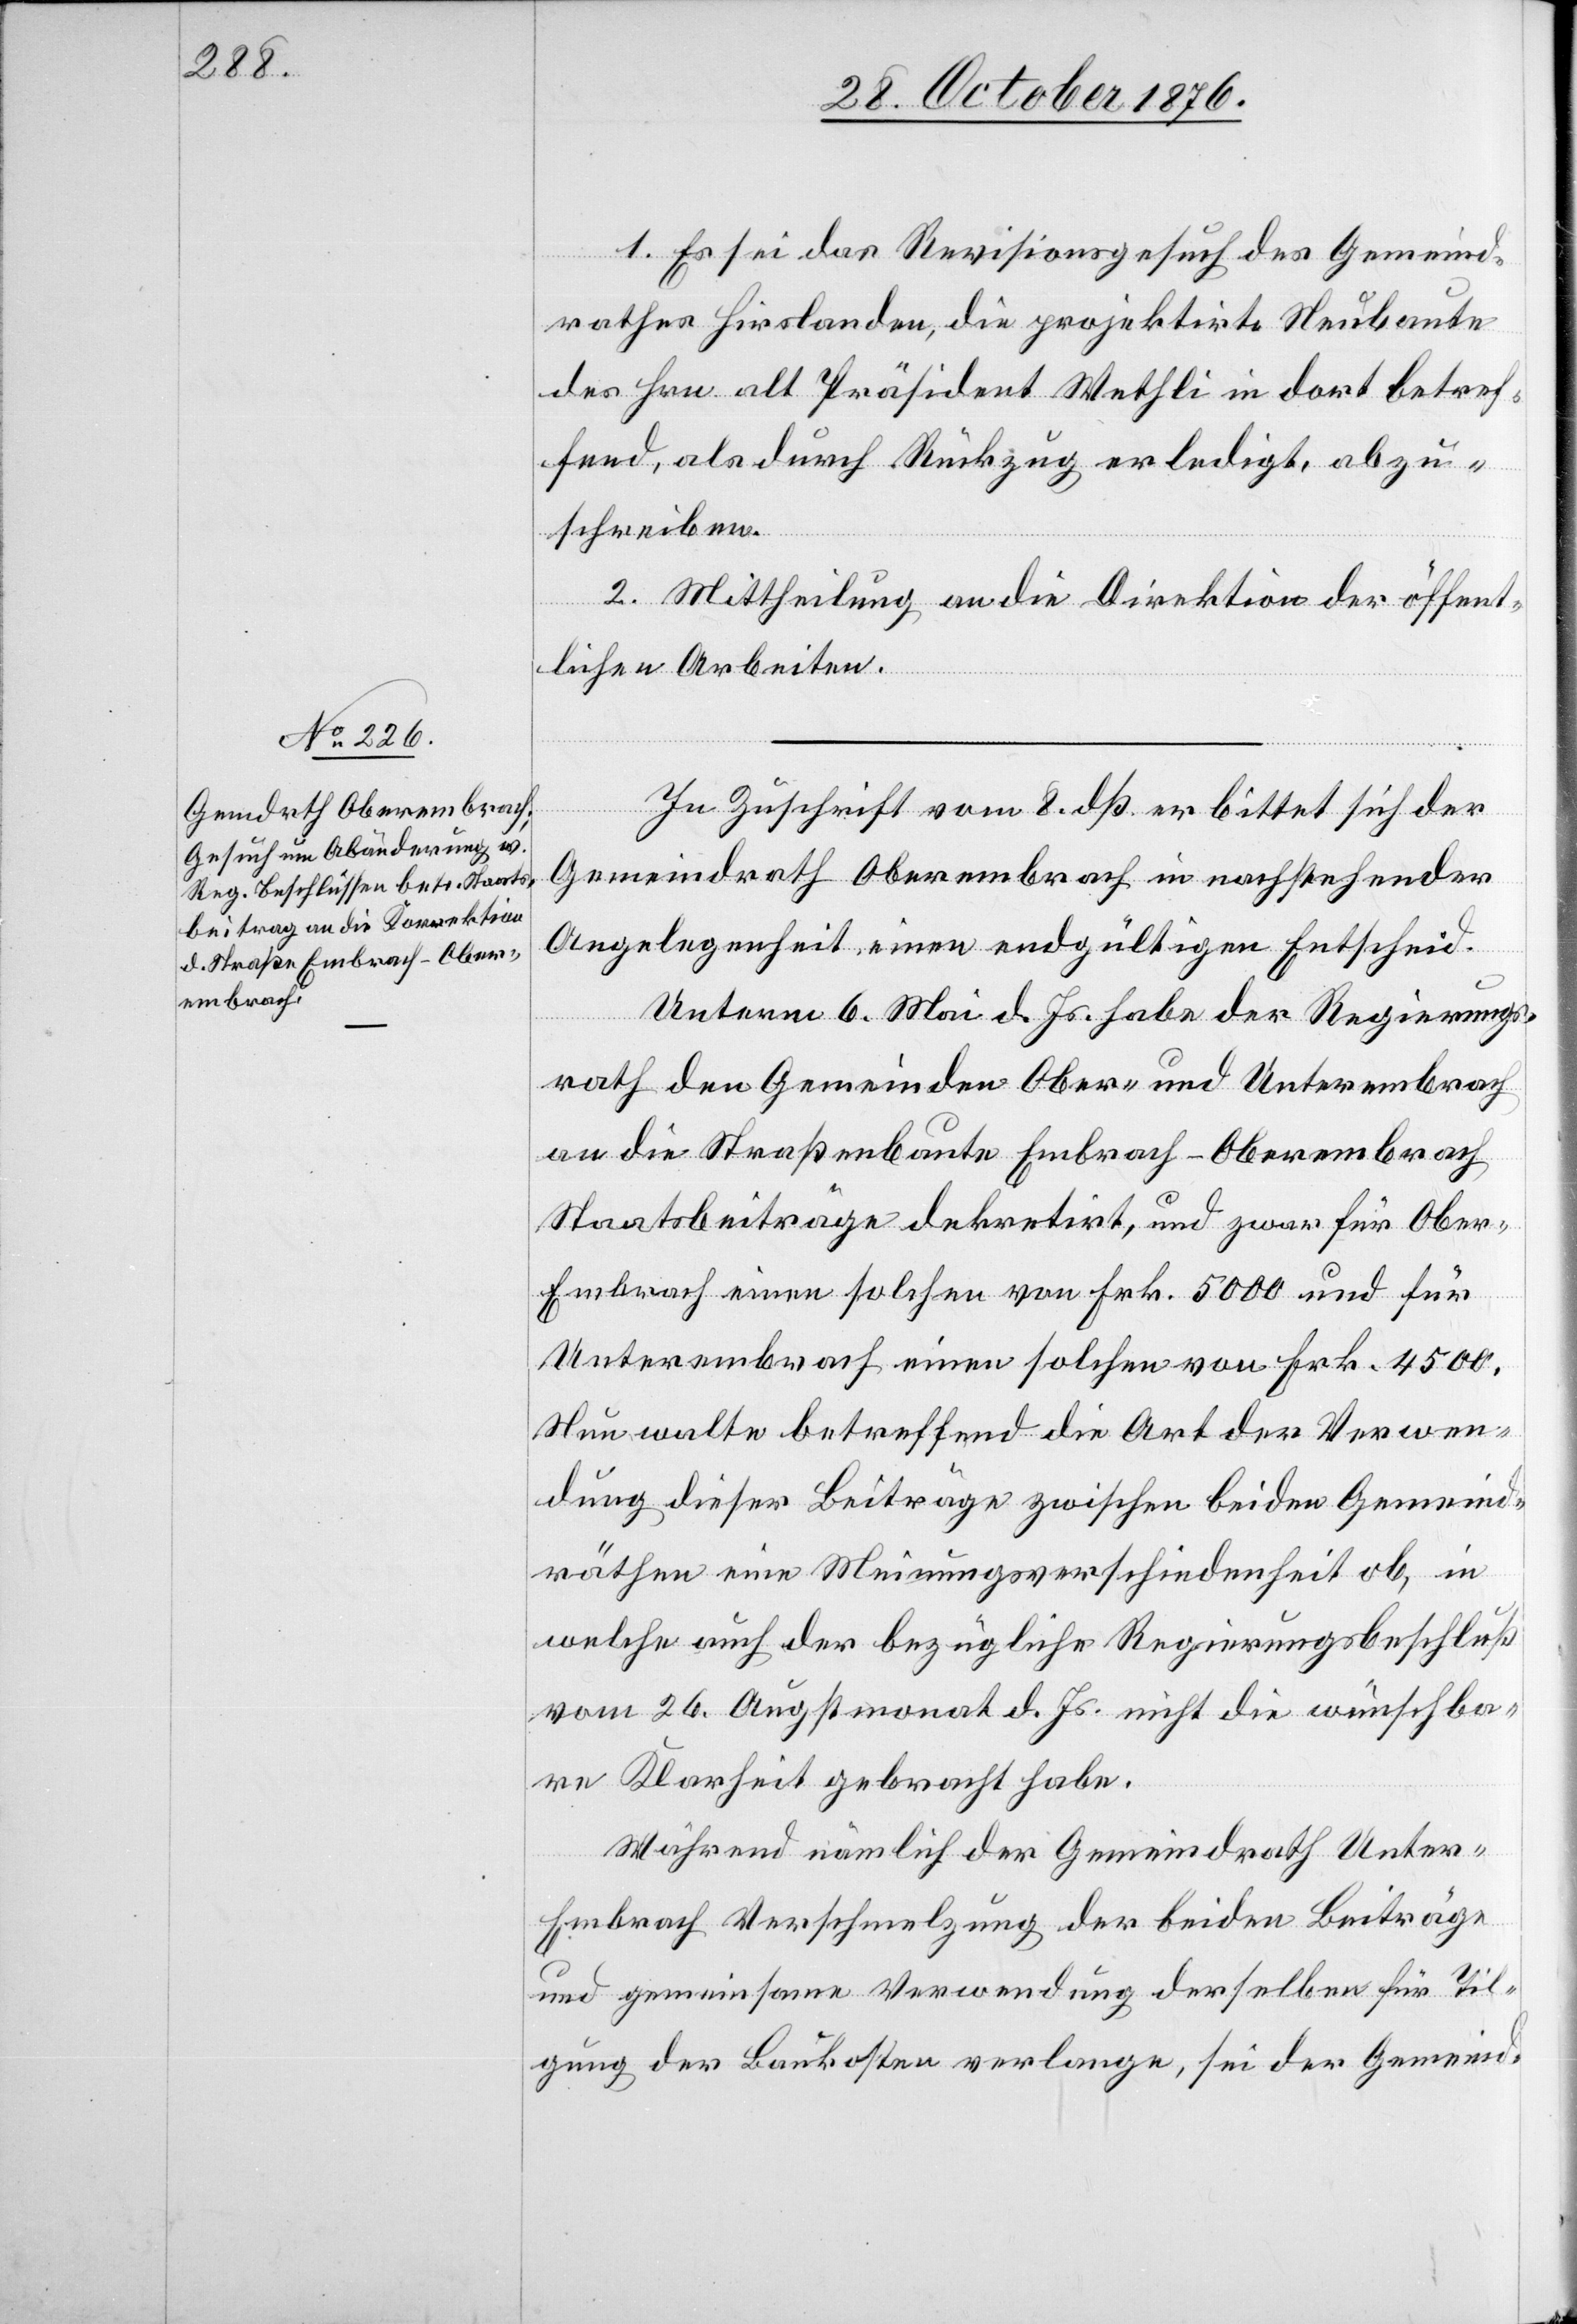
1. Es sei das Revisionsgesuch des Gemeind¬
rahtes Hirslanden, die projektirte Neubaute
des Hrn. alt Präsident Wethli in dort betref¬
fend, als durch Rückzug erledigt, abzu¬
schreiben.
2. Mittheilung an die Direktion der öffent¬
lichen Arbeiten.
In Zuschrift vom 8. dß. erbittet sich der
Gemeindrath Oberembrach in nachstehender
Angelegenheit einen endgültigen Entscheid.
Unterm 6. Mai d. Js. habe der Regierungs¬
rath den Gemeinden Ober- und Unterembrach
an die Straßenbaute Embrach–Oberembrach
Staatsbeiträge dekretirt, und zwar für Obe¬
r-Embrach einen solchen von Frk. 5000 und für
Unterembrach einen solchen von Frk. 4500
Nun walte betreffend die Art der Verwen¬
dung dieser Beiträge zwischen beiden Gemeind¬
räthen eine Meinungsverschiedenheit ob, in
welche auch der bezügliche Regierungsbeschluß
vom 26. Augstmonat d. Js. nicht die wünschba¬
re Klarheit gebracht habe.
Während nämlich der Gemeindrath Unter-E¬
mbrach Verschmelzung der beiden Beiträge
und gemeinsame Verwendung derselben für Til¬
gung der Baukosten verlange, sei der Gemeind-